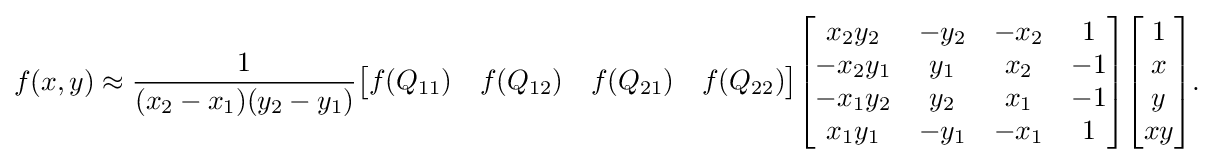
{\begin{aligned}f(x,y)\approx {\frac {1}{(x_{2}-x_{1})(y_{2}-y_{1})}}{\begin{bmatrix}f(Q_{11})&f(Q_{12})&f(Q_{21})&f(Q_{22})\end{bmatrix}}{\begin{bmatrix}x_{2}y_{2}&-y_{2}&-x_{2}&1\\-x_{2}y_{1}&y_{1}&x_{2}&-1\\-x_{1}y_{2}&y_{2}&x_{1}&-1\\x_{1}y_{1}&-y_{1}&-x_{1}&1\end{bmatrix}}{\begin{bmatrix}1\\x\\y\\xy\end{bmatrix}}.\end{aligned}}